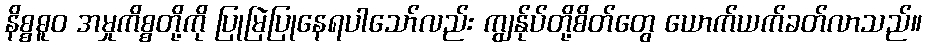
နိစ္စဓူဝ အမှုကိစ္စတို့ကို ပြုမြဲပြုနေရပါသော်လည်း ကျွန်ုပ်တို့စိတ်တွေ ယောက်ယက်ခတ်လာသည်။